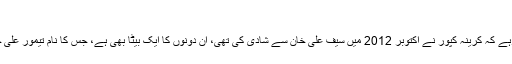
'
واضح رہے کہ کرینہ کپور نے اکتوبر 2012 میں سیف علی خان سے شادی کی تھی، ان دونوں کا ایک بیٹا بھی ہے، جس کا نام تیمور علی خان ہے۔